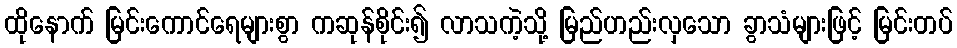
ထိုနောက် မြင်းကောင်ရေများစွာ ကဆုန်စိုင်း၍ လာသကဲ့သို့ မြည်ဟည်းလှသော ခွာသံများဖြင့် မြင်းတပ်